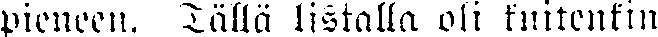
pieneen, Tällä listalla oli kuitenkin